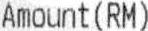
AMOUNT(RM)